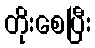
တိုးစေပြီး